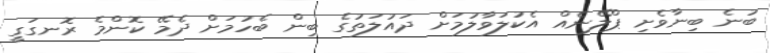
ބުނެ ބިނާވެށި ޕްލޭނެއް އެކުލަވާލުމަށް ދައުލަތުގެ ބިން ބެހުމަށް ދެމޭ ކޮންމެ ރޮނގަގީ